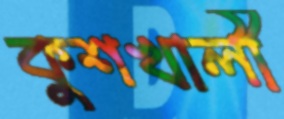
কুশখালী